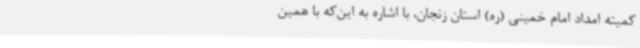
کمیته امداد امام خمینی (ره) استان زنجان، با اشاره به این‌که با همین